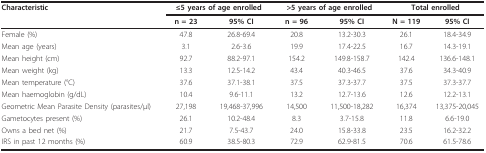
<table><thead><tr><td><b>Characteristic</b></td><td colspan="2"><b>≤5 years of age enrolled</b></td><td colspan="2"><b>&gt;5 years of age enrolled</b></td><td colspan="2"><b>Total enrolled</b></td></tr><tr><td></td><td><b>n = 23</b></td><td><b>95% CI</b></td><td><b>n = 96</b></td><td><b>95% CI</b></td><td><b>N = 119</b></td><td><b>95% CI</b></td></tr></thead><tbody><tr><td>Female (%)</td><td>47.8</td><td>26.8-69.4</td><td>20.8</td><td>13.2-30.3</td><td>26.1</td><td>18.4-34.9</td></tr><tr><td>Mean age (years)</td><td>3.1</td><td>2.6-3.6</td><td>19.9</td><td>17.4-22.5</td><td>16.7</td><td>14.3-19.1</td></tr><tr><td>Mean height (cm)</td><td>92.7</td><td>88.2-97.1</td><td>154.2</td><td>149.8-158.7</td><td>142.4</td><td>136.6-148.1</td></tr><tr><td>Mean weight (kg)</td><td>13.3</td><td>12.5-14.2</td><td>43.4</td><td>40.3-46.5</td><td>37.6</td><td>34.3-40.9</td></tr><tr><td>Mean temperature (°C)</td><td>37.6</td><td>37.1-38.1</td><td>37.5</td><td>37.3-37.7</td><td>37.5</td><td>37.3-37.7</td></tr><tr><td>Mean haemoglobin (g/dL)</td><td>10.4</td><td>9.6-11.1</td><td>13.2</td><td>12.7-13.6</td><td>12.6</td><td>12.2-13.1</td></tr><tr><td>Geometric Mean Parasite Density (parasites/μl)</td><td>27,198</td><td>19,468-37,996</td><td>14,500</td><td>11,500-18,282</td><td>16,374</td><td>13,375-20,045</td></tr><tr><td>Gametocytes present (%)</td><td>26.1</td><td>10.2-48.4</td><td>8.3</td><td>3.7-15.8</td><td>11.8</td><td>6.6-19.0</td></tr><tr><td>Owns a bed net (%)</td><td>21.7</td><td>7.5-43.7</td><td>24.0</td><td>15.8-33.8</td><td>23.5</td><td>16.2-32.2</td></tr><tr><td>IRS in past 12 months (%)</td><td>60.9</td><td>38.5-80.3</td><td>72.9</td><td>62.9-81.5</td><td>70.6</td><td>61.5-78.6</td></tr></tbody></table>